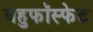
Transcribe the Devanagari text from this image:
बहुफॉस्फेट